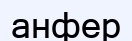
анфер